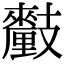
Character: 𨤺